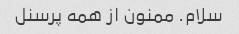
سلام. ممنون از همه پرسنل